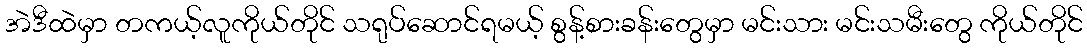
အဲဒီထဲမှာ တကယ့်လူကိုယ်တိုင် သရုပ်ဆောင်ရမယ့် စွန့်စားခန်းတွေမှာ မင်းသား မင်းသမီးတွေ ကိုယ်တိုင်